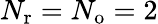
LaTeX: {N_{\mathrm{r}}}={N_{\mathrm{o}}}=2